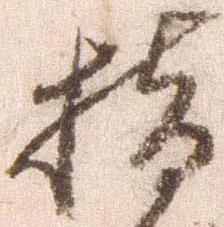
指